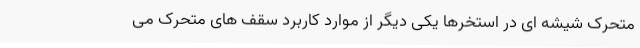
متحرک شیشه ای در استخرها یکی دیگر از موارد کاربرد سقف های متحرک می